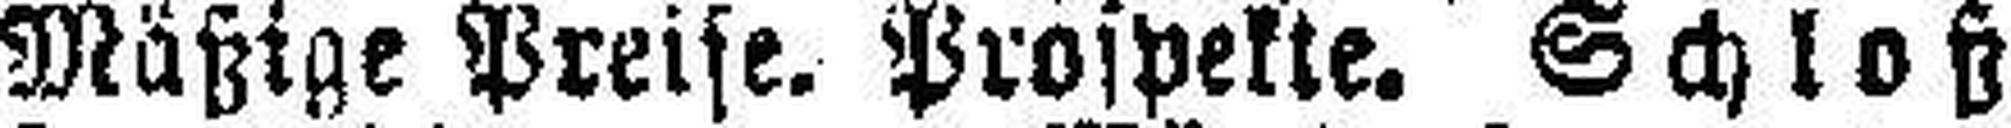
Mäßige Preise. Prospekte. Schloß